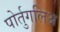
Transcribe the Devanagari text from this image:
पोर्तुगलिअ